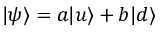
| \psi \rangle = a | u \rangle + b | d \rangle